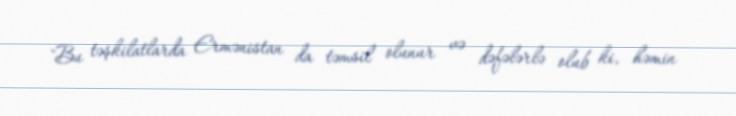
"Bu təşkilatlarda Ermənistan da təmsil olunur və dəfələrlə olub ki, həmin